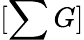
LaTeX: [\sum G]